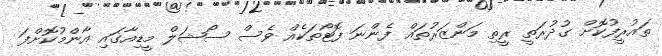
ތައުރީފުކޮށް ގުދުރަތީ ރީތި މަންޒަރުތައް ފެންނަ ފޮޓޯތަކެއް ވެސް ސޯޝަލް މީޑިއާގައި އާންމުކޮށްފަ